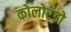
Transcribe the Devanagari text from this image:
कोलोरॅडो